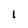
Character: L